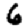
Digit: 6